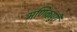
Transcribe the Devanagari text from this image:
मणिकपुरी